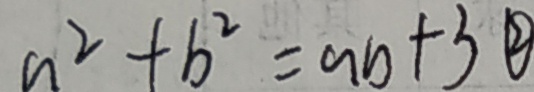
a ^ { 2 } + b ^ { 2 } = a b + 3 \textcircled { 2 }